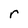
Character: r